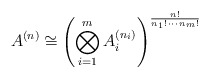
\begin{align*}A^{(n)}\cong \left(\bigotimes_{i=1}^m A_i^{(n_i)}\right)^{\frac{n!}{n_1!\,\cdots\,n_m!}}\end{align*}